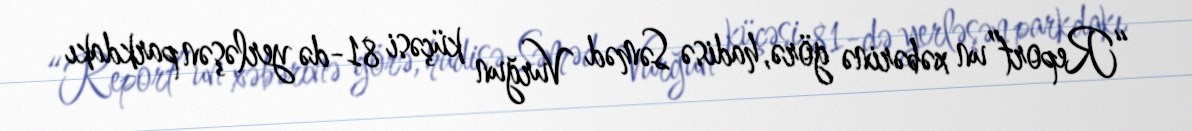
“Report”un xəbərinə görə, hadisə Səməd Vurğun küçəsi 81-də yerləşən parkdakı